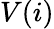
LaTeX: V(i)